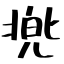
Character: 兠